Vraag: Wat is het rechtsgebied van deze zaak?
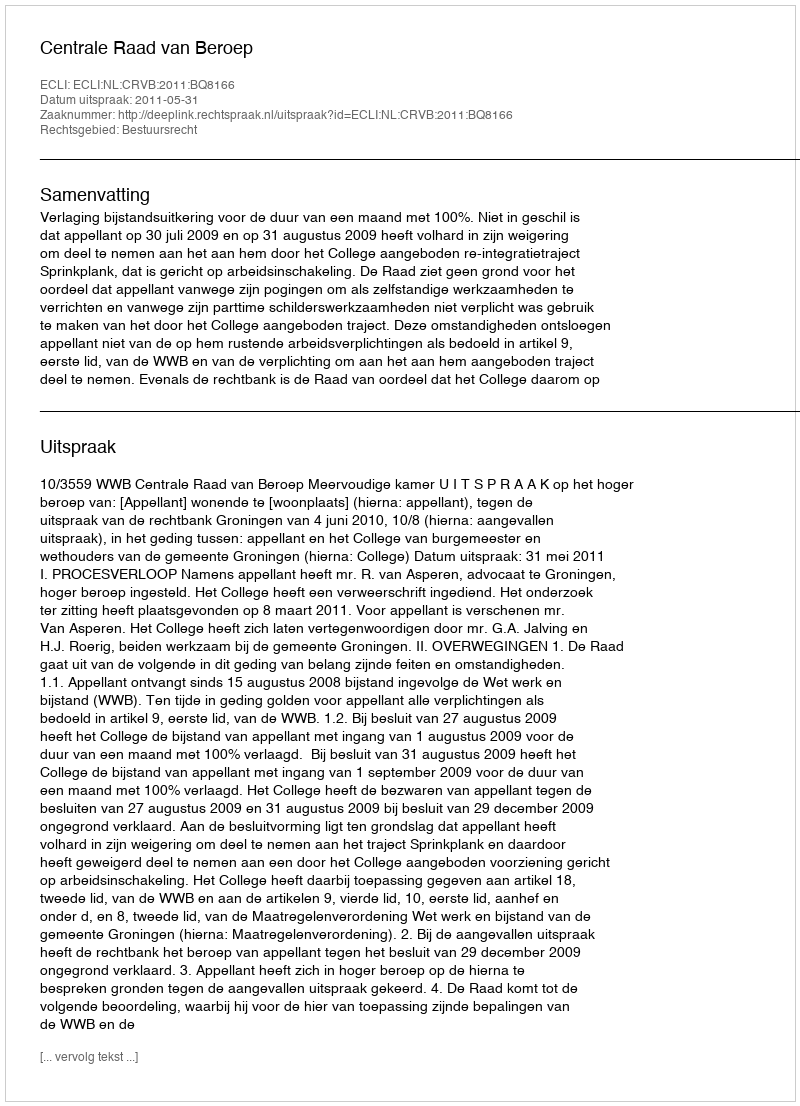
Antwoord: Bestuursrecht